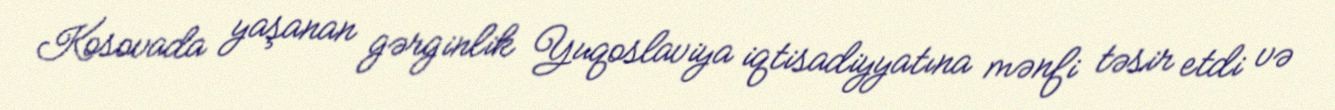
Kosovada yaşanan gərginlik Yuqoslaviya iqtisadiyyatına mənfi təsir etdi və